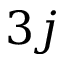
3 j